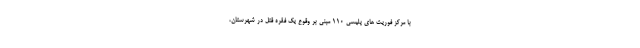
با مرکز فوریت های پلیسی ۱۱۰ مبنی بر وقوع یک فقره قتل در شهرستان،